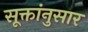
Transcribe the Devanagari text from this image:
सूक्तांनुसार